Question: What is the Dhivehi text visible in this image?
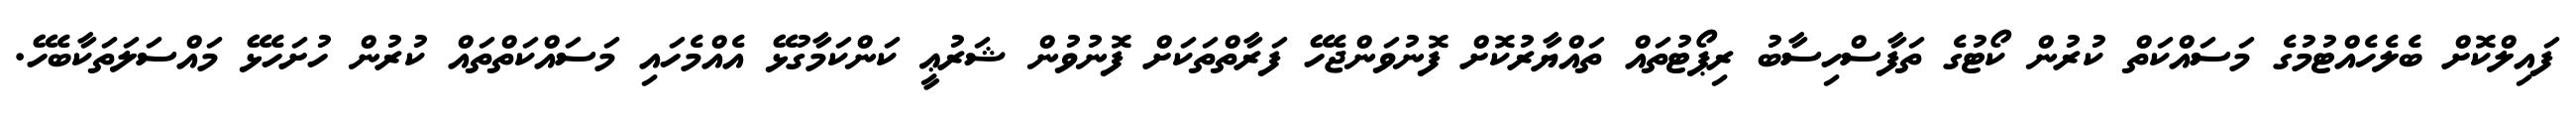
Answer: ފައިލްކޮށް ބެލެހެއްޓުމުގެ މަސައްކަތް ކުރުން ކޯޓުގެ ތަފާސްހިސާބު ރިޕޯޓުތައް ތައްޔާރުކޮށް ފޮނުވަންޖެހޭ ފަރާތްތަކަށް ފޮނުވުން ޝަރުޢީ ކަންކަމާގުޅޭ އެއްމެހައި މަސައްކަތްތައް ކުރުން ހުށަހެޅޭ މައްސަލަތަކާބެހޭ.